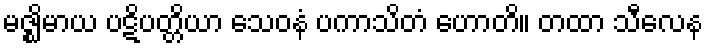
မဇ္ဈိမာယ ပဋိပတ္တိယာ သေဝနံ ပကာသိတံ ဟောတိ။ တထာ သီလေန